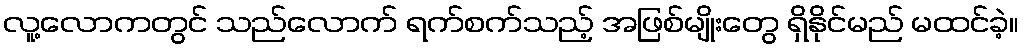
လူ့လောကတွင် သည်လောက် ရက်စက်သည့် အဖြစ်မျိုးတွေ ရှိနိုင်မည် မထင်ခဲ့။